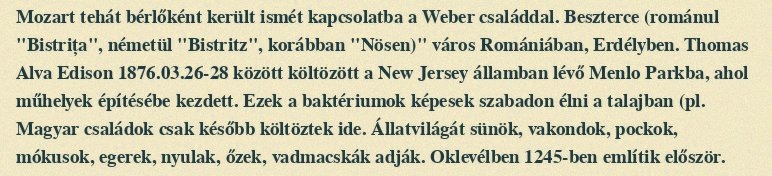
Mozart tehát bérlőként került ismét kapcsolatba a Weber családdal. Beszterce (románul "Bistrița", németül "Bistritz", korábban "Nösen)" város Romániában, Erdélyben. Thomas Alva Edison 1876.03.26-28 között költözött a New Jersey államban lévő Menlo Parkba, ahol műhelyek építésébe kezdett. Ezek a baktériumok képesek szabadon élni a talajban (pl. Magyar családok csak később költöztek ide. Állatvilágát sünök, vakondok, pockok, mókusok, egerek, nyulak, őzek, vadmacskák adják. Oklevélben 1245-ben említik először.